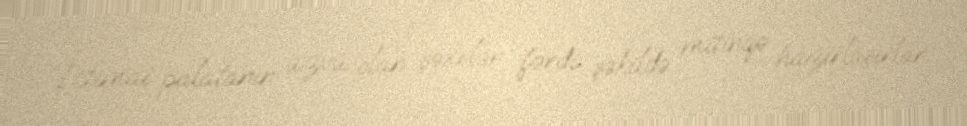
“İctimai palatanın üzvü olan şəxslər fərdi şəkildə mitinqə hazırlaşırlar.